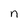
Character: n